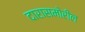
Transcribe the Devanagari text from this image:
दारासमोरील